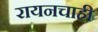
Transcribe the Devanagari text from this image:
रायनचाही